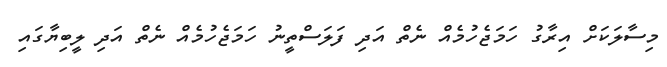
މިސާލަކަށް އިރާގު ހަމަޖެހުމެއް ނެތް އަދި ފަލަސްތީނު ހަމަޖެހުމެއް ނެތް އަދި ލީބިޔާގައި